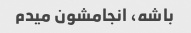
باشه، انجامشون میدم